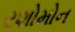
રશોમોન